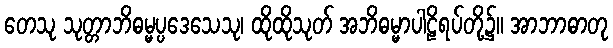
တေသု သုတ္တာဘိဓမ္မပ္ပဒေသေသု၊ ထိုထိုသုတ် အဘိဓမ္မာပါဠိရပ်တို့၌။ အာဘာဓာတု